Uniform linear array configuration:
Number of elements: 64
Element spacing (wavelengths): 0.75
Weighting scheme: uniform
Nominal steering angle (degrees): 45
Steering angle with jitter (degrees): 45.275
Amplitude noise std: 0.05
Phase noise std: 0.05

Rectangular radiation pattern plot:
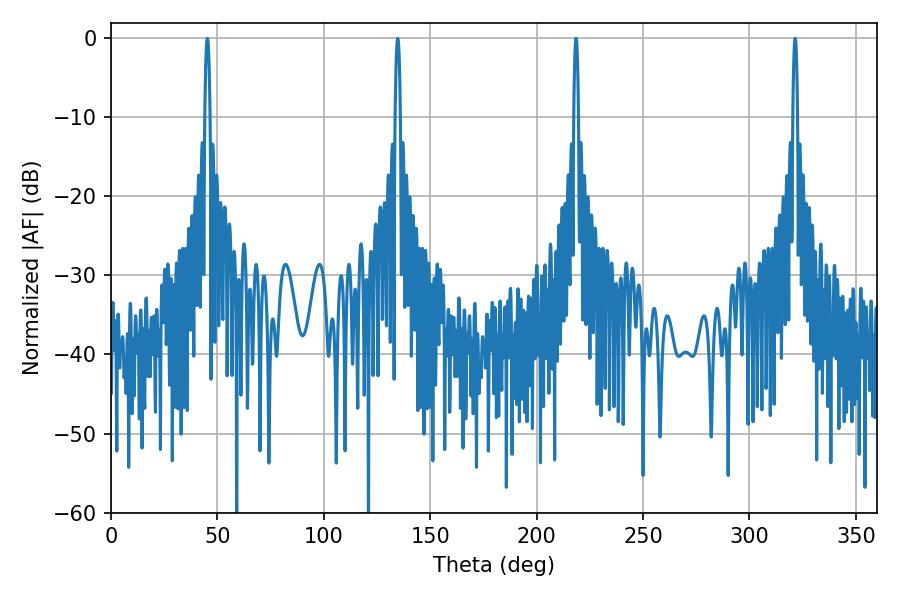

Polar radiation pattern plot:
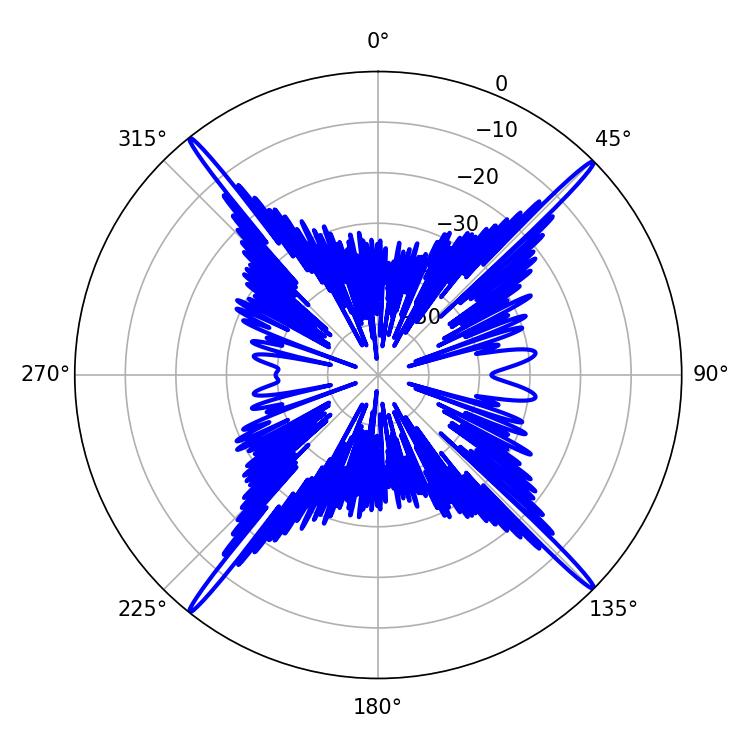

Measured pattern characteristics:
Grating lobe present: TRUE
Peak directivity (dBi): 23.467
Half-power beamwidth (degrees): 1.08
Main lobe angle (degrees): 218.52